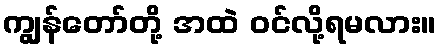
ကျွန်တော်တို့ အထဲ ဝင်လို့ရမလား။